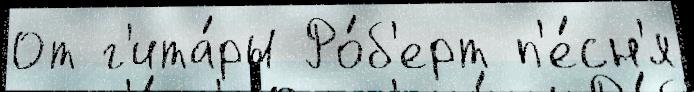
От г'ита́ры Ро́б'ерт п'е́сн'я